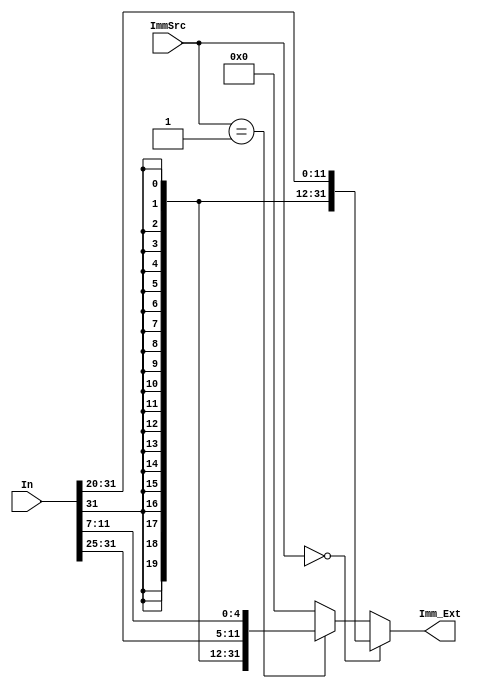
`timescale 1ns / 1ps
//////////////////////////////////////////////////////////////////////////////////
// Company: 
// Engineer: 
// 
// Design Name: 
// Module Name: Sign_Extend
// Project Name: 
// Target Devices: 
// Tool Versions: 
// Description: 
// 
// Dependencies: 
// 
// Revision:
// Revision 0.01 - File Created
// Additional Comments:
// 
//////////////////////////////////////////////////////////////////////////////////


module Sign_Extend(In,ImmSrc,Imm_Ext);
    input [31:0] In;
    input [1:0] ImmSrc;
    output [31:0] Imm_Ext;

    assign Imm_Ext =  (ImmSrc == 2'b00) ? {{20{In[31]}},In[31:20]} : 
                     (ImmSrc == 2'b01) ? {{20{In[31]}},In[31:25],In[11:7]} : 32'h0000000;
endmodule